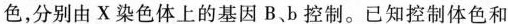
色，分别由X染色体上的基因B、b控制。已知控制体色和